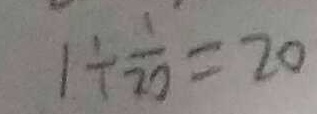
1 \div \frac { 1 } { 2 0 } = 2 0